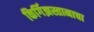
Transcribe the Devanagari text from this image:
किर्गिझस्तानाचा